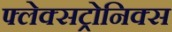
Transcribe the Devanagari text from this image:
फ्लेक्सट्रोनिक्स